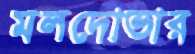
মলদোভার